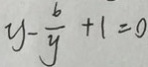
y - \frac { 6 } { y } + 1 = 0